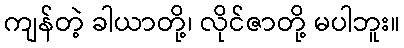
ကျန်တဲ့ ခါယာတို့၊ လိုင်ဇာတို့ မပါဘူး။